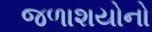
જળાશયોનો